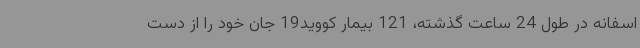
اسفانه در طول 24 ساعت گذشته، 121 بیمار کووید19 جان خود را از دست